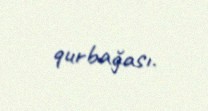
qurbağası.